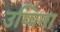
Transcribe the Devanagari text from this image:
उप्पिना